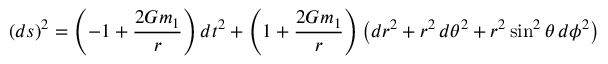
( d s ) ^ { 2 } = \left( - 1 + \frac { 2 G m _ { 1 } } { r } \right) d t ^ { 2 } + \left( 1 + \frac { 2 G m _ { 1 } } { r } \right) \bigl ( d r ^ { 2 } + r ^ { 2 } \, d \theta ^ { 2 } + r ^ { 2 } \sin ^ { 2 } \theta \, d \phi ^ { 2 } \bigr )